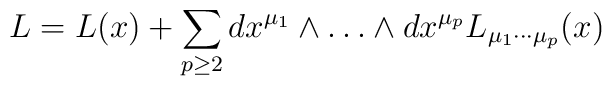
L=L(x) + \sum_{p\ge 2}dx^{\mu_1}\wedge\ldots\wedge dx^{\mu_p}       L_{\mu_1\cdots\mu_p}(x)